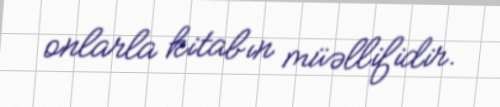
onlarla kitabın müəllifidir.